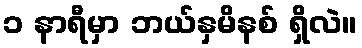
၁ နာရီမှာ ဘယ်နှမိနစ် ရှိလဲ။